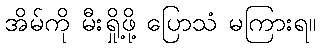
အိမ်ကို မီးရှို့ဖို့ ပြောသံ မကြားရ။